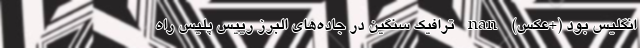
انگلیس بود (+عکس) nan ترافیک سنگین در جاده‌های البرز رییس پلیس راه